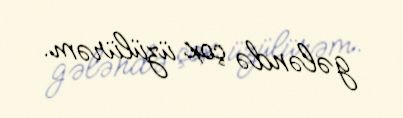
gələndə çox üzülürəm.